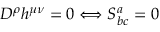
D ^ { \rho } h ^ { \mu \nu } = 0 \Longleftrightarrow S _ { b c } ^ { a } = 0